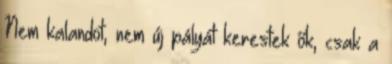
Nem kalandot, nem új pályát kerestek ők, csak a